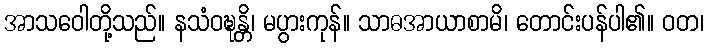
အာသဝေါတို့သည်။ နသံဝဍ္ဎန္တိ၊ မပွားကုန်။ သာဓအာယာစာမိ၊ တောင်းပန်ပါ၏။ ဝတ၊